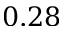
0 . 2 8